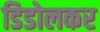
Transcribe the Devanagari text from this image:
डिडोलकर